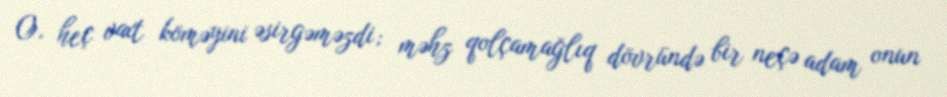
O, heç vaxt köməyini əsirgəməzdi; məhz qolçamağlıq dövründə bir neçə adam onun